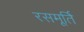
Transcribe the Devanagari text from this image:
रसमूर्ति